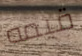
قيمه